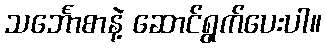
သင်္ဘောစာနဲ့ ဆောင်ရွက်ပေးပါ။